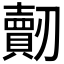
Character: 𠠠